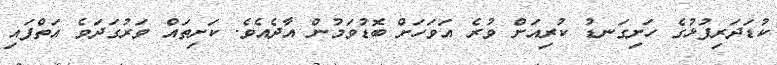
ކުޑަދަރިފުޅުގެ ހަށިގަނޑު ކުރިއަށް ވުރެ އަވަހަށް ބޮޑުވަމުން އާދެއެވެ. ކަށިތައް ވަރުގަދަވެ އަތްފައި